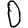
Digit: 0